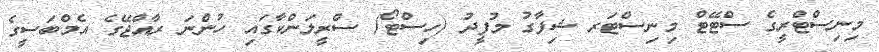
މިނިސްޓްރީގެ ސްޓޭޓް މިނިސްޓަރ ޝިފާގު މުފީދު (ހިސްޓޯ) ސްރީލަންކާގައި ހުންނަ ރާއްޖޭގެ އެމްބަސީގެ